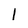
Character: 1